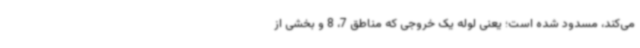
می‌کند، مسدود شده است؛ یعنی لوله یک خروجی که مناطق 7، 8 و بخشی از